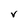
Character: V